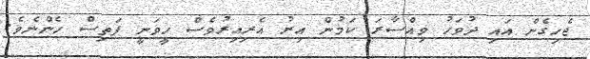
ޖެހިގެން އައި ދުވަހު ވިއްސާރަ ކަމުން އިރު އެރިއިރުވެސް ހީވަނީ ފަތިސް ހެންނެވެ.